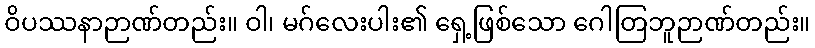
ဝိပဿနာဉာဏ်တည်း။ ဝါ၊ မဂ်လေးပါး၏ ရှေ့ဖြစ်သော ဂေါတြဘူဉာဏ်တည်း။